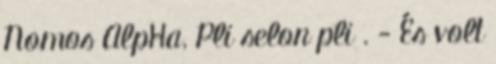
Nomos AlpHa, Pli selon pli . - És volt